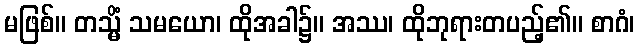
မဖြစ်။ တသ္မိံ သမယော၊ ထိုအခါ၌။ အဿ၊ ထိုဘုရားတပည့်၏။ စာဂံ၊